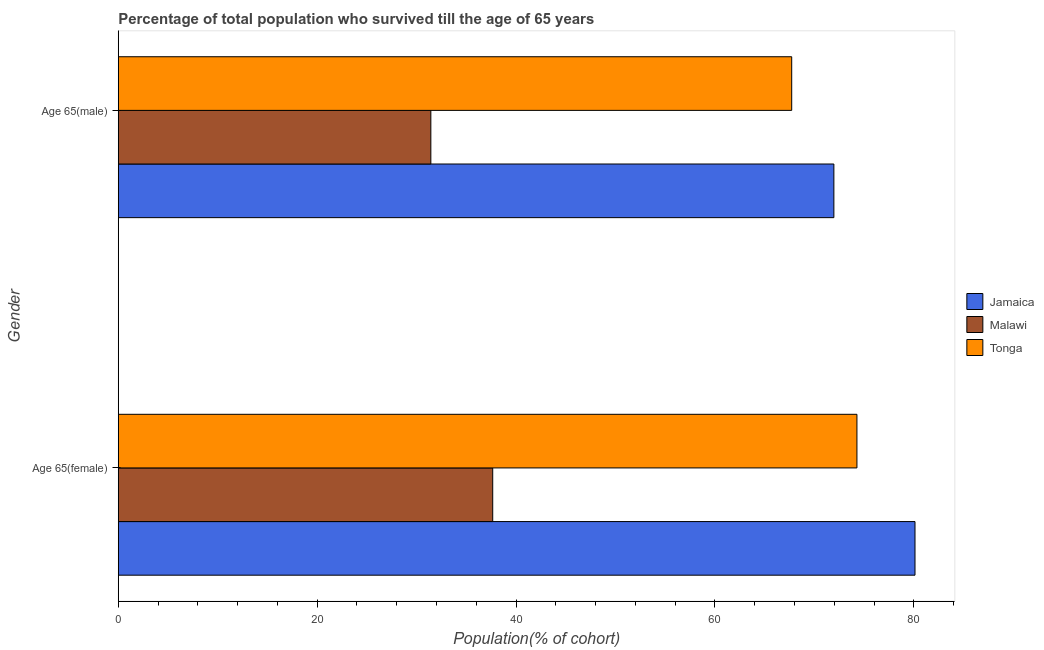
| Gender | Jamaica | Malawi | Tonga |
 | --- | --- | --- | --- |
 | Age 65(female) | 80.1 | 37.7 | 74.3 |
 | Age 65(male) | 72 | 31.4 | 67.7 |